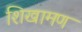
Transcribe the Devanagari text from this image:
शिखामण